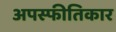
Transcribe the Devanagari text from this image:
अपस्फीतिकार